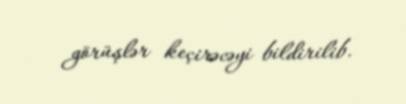
görüşlər keçirəcəyi bildirilib.